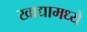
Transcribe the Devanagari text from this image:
खाद्यामध्ये